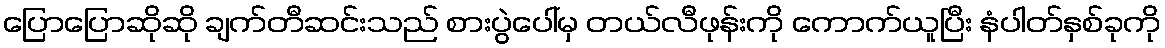
ပြောပြောဆိုဆို ချက်တီဆင်းသည် စားပွဲပေါ်မှ တယ်လီဖုန်းကို ကောက်ယူပြီး နံပါတ်နှစ်ခုကို